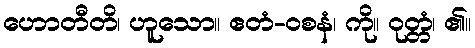
ဟောတီတိ၊ ဟူသော။ ဧတံ-ဝစနံ၊ ကို။ ဝုတ္တံ၊ ၏။